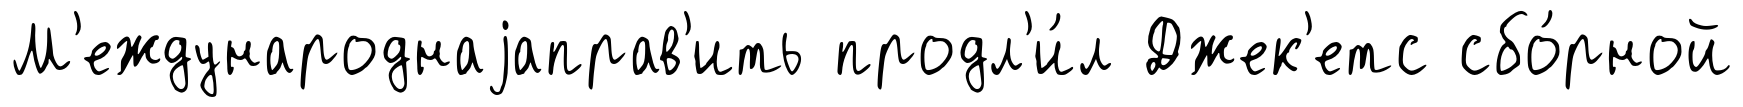
М'еждународнаjаправ'ить продл'и́л Джек'етс сбо́рной